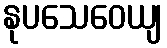
နုပသေဝေယျ